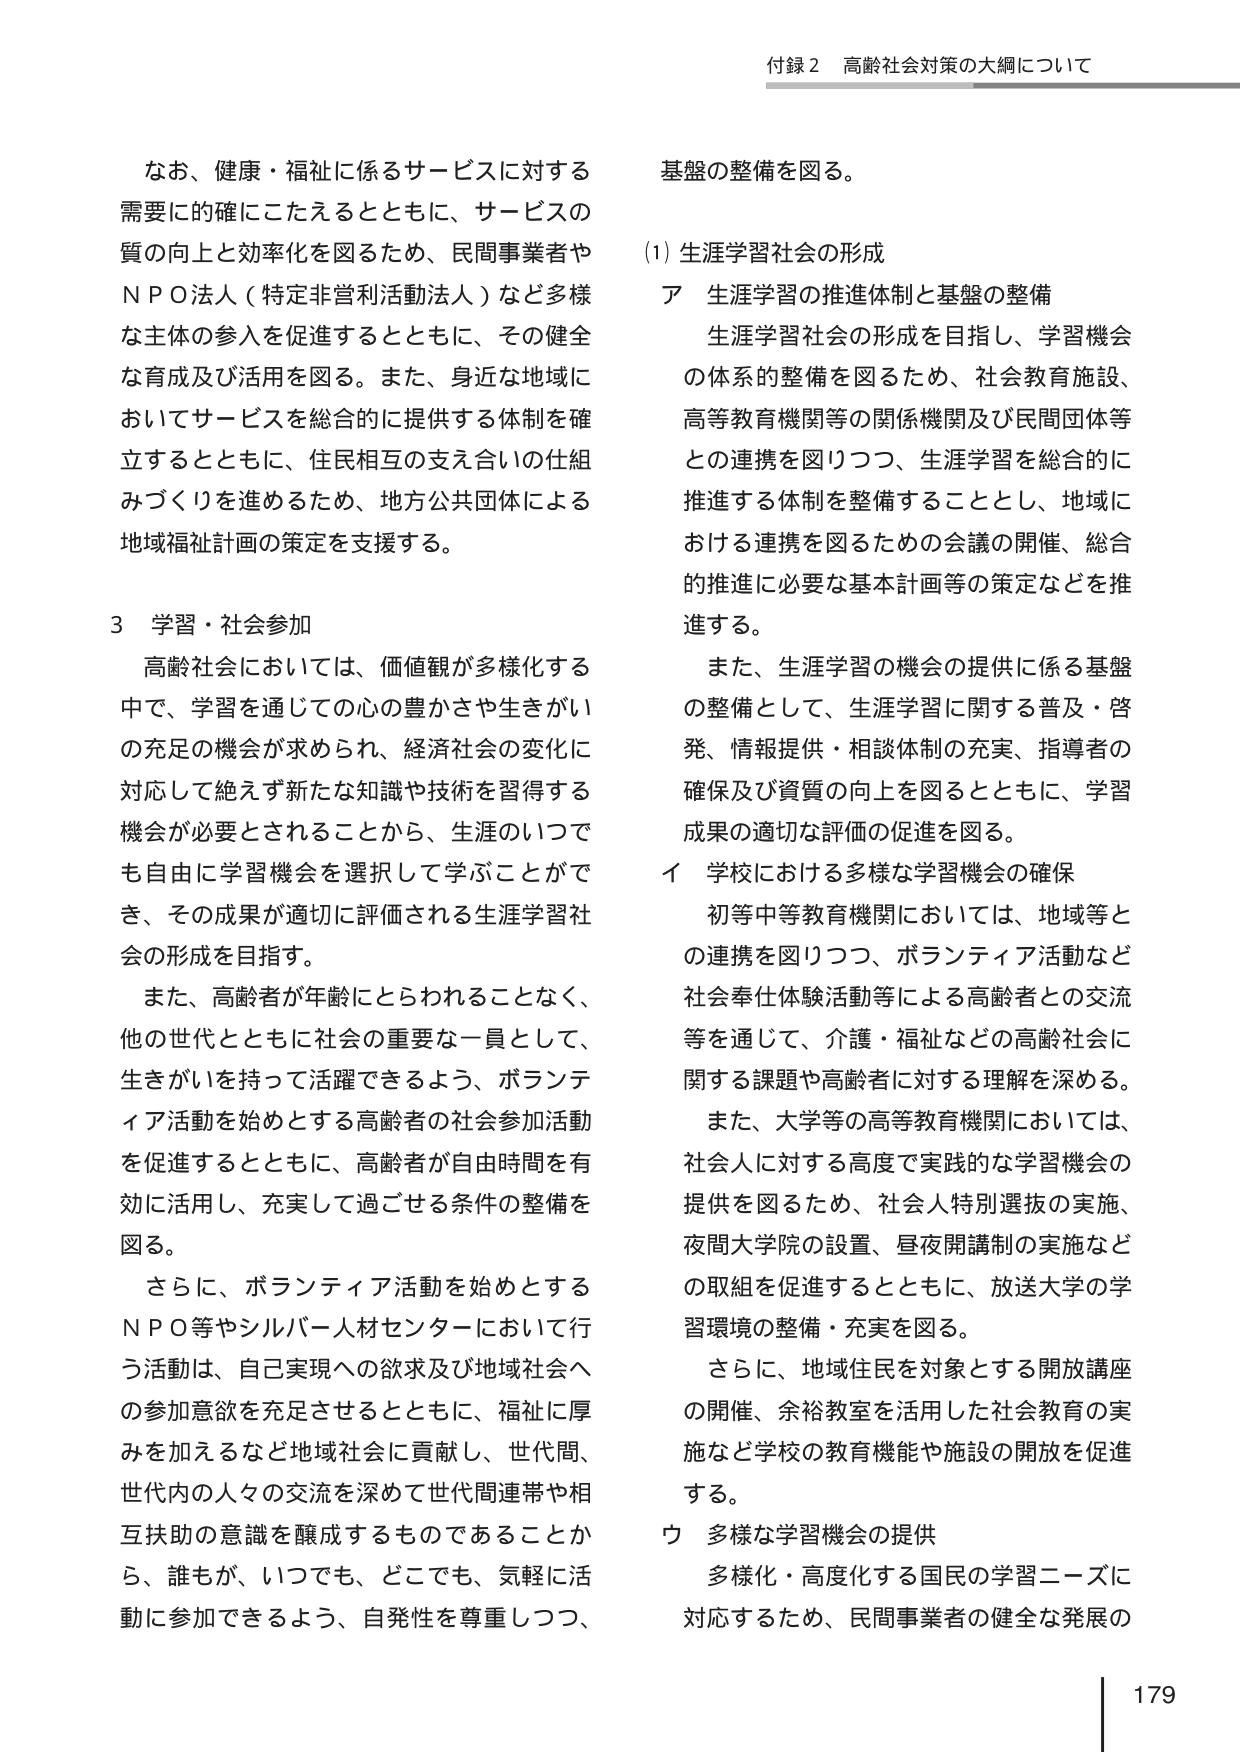
付録２ 高齢社会対策の大綱について

なお、健康・福祉に係るサービスに対する
需要に的確にこたえるとともに、サービスの
質の向上と効率化を図るため、民間事業者や
ＮＰＯ法人（特定非営利活動法人）など多様
な主体の参入を促進するとともに、その健全
な育成及び活用を図る。また、身近な地域に
おいてサービスを総合的に提供する体制を確
立するとともに、住民相互の支え合いの仕組
みづくりを進めるため、地方公共団体による
地域福祉計画の策定を支援する。

３ 学習・社会参加
高齢社会においては、価値観が多様化する
中で、学習を通じての心の豊かさや生きがい
の充足の機会が求められ、経済社会の変化に
対応して絶えず新たな知識や技術を習得する
機会が必要とされることから、生涯のいつで
も自由に学習機会を選択して学ぶことができ、
その成果が適切に評価される生涯学習社会
の形成を目指す。
また、高齢者が年齢にとらわれることなく、
他の世代とともに社会の重要な一員として、
生きがいを持って活躍できるよう、ボランテ
ィア活動を始めとする高齢者の社会参加活動
を促進するとともに、高齢者が自由時間を有
効に活用し、充実して過ごせる条件の整備を
図る。
さらに、ボランティア活動を始めとする
ＮＰＯ等やシルバー人材センターにおいて行
う活動は、自己実現への欲求及び地域社会へ
の参加意欲を充足させるとともに、福祉に厚
みを加えるなど地域社会に貢献し、世代間、
世代内の人々の交流を深めて世代間連帯や相
互扶助の意識を醸成するものであることか
ら、誰もが、いつでも、どこでも、気軽に活
動に参加できるよう、自発性を尊重しつつ、

基盤の整備を図る。

(1) 生涯学習社会の形成
ア 生涯学習の推進体制と基盤の整備
生涯学習社会の形成を目指し、学習機会
の体系的整備を図るため、社会教育施設、
高等教育機関等の関係機関及び民間団体等
との連携を図りつつ、生涯学習を総合的に
推進する体制を整備することとし、地域に
おける連携を図るための会議の開催、総合
的推進に必要な基本計画等の策定などを推
進する。
また、生涯学習の機会の提供に係る基盤
の整備として、生涯学習に関する普及・啓
発、情報提供・相談体制の充実、指導者の
確保及び資質の向上を図るとともに、学習
成果の適切な評価の促進を図る。
イ 学校における多様な学習機会の確保
初等中等教育機関においては、地域等と
の連携を図りつつ、ボランティア活動など
社会奉仕体験活動等による高齢者との交流
等を通じて、介護・福祉などの高齢社会に
関する課題や高齢者に対する理解を深める。
また、大学等の高等教育機関においては、
社会人に対する高度で実践的な学習機会の
提供を図るため、社会人特別選抜の実施、
夜間大学院の設置、昼夜開講制の実施など
の取組を促進するとともに、放送大学の学
習環境の整備・充実を図る。
さらに、地域住民を対象とする開放講座
の開催、余裕教室を活用した社会教育の実
施など学校の教育機能や施設の開放を促進
する。
ウ 多様な学習機会の提供
多様化・高度化する国民の学習ニーズに
対応するため、民間事業者の健全な発展の

179